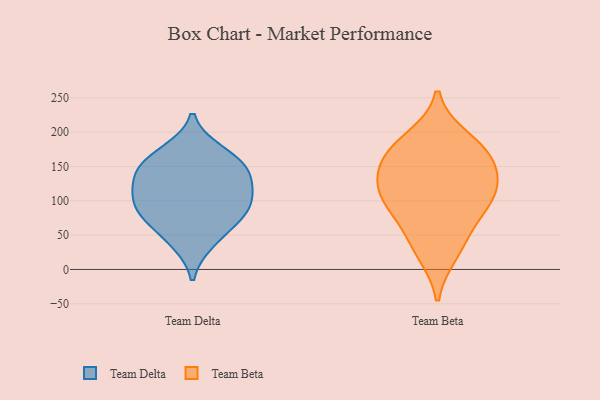
{"axis": {"x": "Tickets Resolved", "y": "Value"}, "legend": ["Team Beta", "Team Delta"], "data": [{"x": "", "y": 67, "type": "Team Delta"}, {"x": "", "y": 140, "type": "Team Delta"}, {"x": "", "y": 116, "type": "Team Delta"}, {"x": "", "y": 141, "type": "Team Delta"}, {"x": "", "y": 86, "type": "Team Delta"}, {"x": "", "y": 172, "type": "Team Delta"}, {"x": "", "y": 106, "type": "Team Delta"}, {"x": "", "y": 39, "type": "Team Delta"}, {"x": "", "y": 158, "type": "Team Delta"}, {"x": "", "y": 87, "type": "Team Delta"}, {"x": "", "y": 94, "type": "Team Beta"}, {"x": "", "y": 118, "type": "Team Beta"}, {"x": "", "y": 168, "type": "Team Beta"}, {"x": "", "y": 128, "type": "Team Beta"}, {"x": "", "y": 171, "type": "Team Beta"}, {"x": "", "y": 114, "type": "Team Beta"}, {"x": "", "y": 190, "type": "Team Beta"}, {"x": "", "y": 46, "type": "Team Beta"}, {"x": "", "y": 24, "type": "Team Beta"}, {"x": "", "y": 157, "type": "Team Beta"}, {"x": "", "y": 86, "type": "Team Beta"}]}